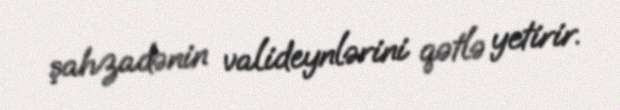
şahzadənin valideynlərini qətlə yetirir.